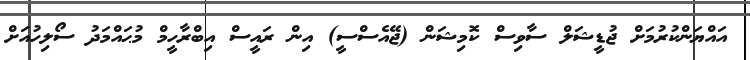
އައްޔަންކުރުމަށް ޖުޑީޝަލް ސާވިސް ކޮމިޝަން (ޖޭއެސްސީ) އިން ރައީސް އިބްރާހީމް މުޙައްމަދު ސޯލިހުއަށް